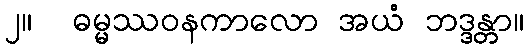
၂။  ဓမ္မဿဝနကာလော အယံ ဘဒ္ဒန္တာ။